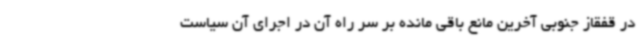
در قفقاز جنوبی آخرین مانع باقی مانده بر سر راه آن در اجرای آن سیاست